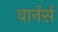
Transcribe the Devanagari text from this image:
वार्नर्स